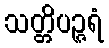
သတ္တိပဉ္ဇရံ